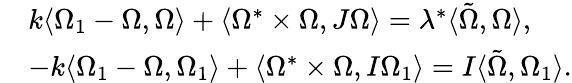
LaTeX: \begin{array}{rl}&{k\langle\Omega_{1}-\Omega,\Omega\rangle+\langle\Omega^{*}\times\Omega,J\Omega\rangle=\lambda^{*}\langle\tilde{\Omega},\Omega\rangle,}\\ &{-k\langle\Omega_{1}-\Omega,\Omega_{1}\rangle+\langle\Omega^{*}\times\Omega,I\Omega_{1}\rangle=I\langle\tilde{\Omega},\Omega_{1}\rangle.}\end{array}